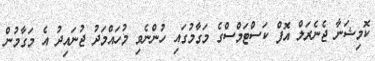
ކޮމިޝަނާ ޖެނެރަލް އޮފް ކަސްޓަމްސްގެ މަގާމުގައި ހުންނެވި މުހައްމަދު ޖުނައިދު އެ މަގާމުން